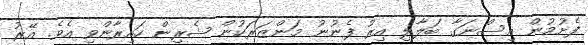
ފެށުމުން އިސްނަގާ ބަލާލި އިރު ފެނުނު މަންޒަރަކުން ޝެރިން ހައިރާންވި އެވެ. އޭރު